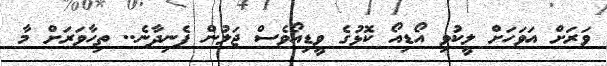
ވަރަށް އަވަހަށް ލީކުވި އޯޑިއޯ ކޮޅުގެ ވީޑިއޯވެސް ޖަލުން ފެނިދާނެ.. ތިހާވަރަށް މާ